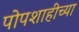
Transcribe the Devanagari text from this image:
पोपशाहीच्या